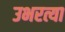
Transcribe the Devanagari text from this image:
उभरत्या